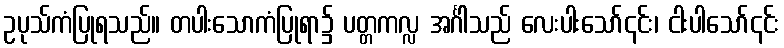
ဥပုသ်ကံပြုရသည်။ တပါးသောကံပြုရာ၌ ပတ္တကလ္လ အင်္ဂါသည် လေးပါးသော်၎င်း၊ ငါးပါသော်၎င်း